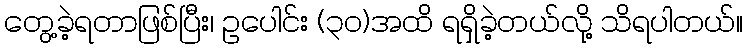
တွေ့ခဲ့ရတာဖြစ်ပြီး၊ ဥပေါင်း (၃၀)အထိ ရရှိခဲ့တယ်လို့ သိရပါတယ်။